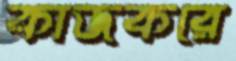
কাজকরে